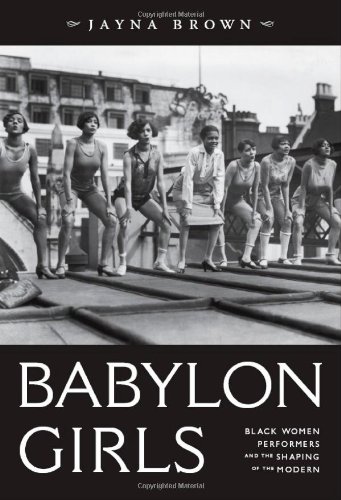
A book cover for Babylon Girls: Black Women Performers and the Shaping of the Modern; Jayna Brown; Biographies & Memoirs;